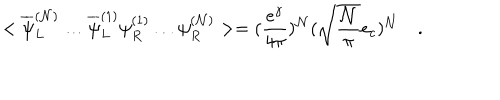
LaTeX: < \overline { { { \psi } } } _ { L } ^ { ( { \cal N } ) } \ldots \overline { { { \psi } } } _ { L } ^ { ( 1 ) } \psi _ { R } ^ { ( 1 ) } \ldots \psi _ { R } ^ { ( { \cal N } ) } > = ( \frac { e ^ { \gamma } } { 4 \pi } ) ^ { \cal N } ( \sqrt { \frac { \cal N } { \pi } } e _ { c } ) ^ { \cal N } \quad .